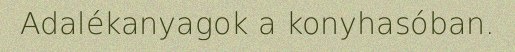
Adalékanyagok a konyhasóban.